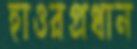
হাওরপ্রধান